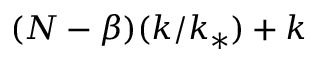
( N - \beta ) ( k / k _ { * } ) + k